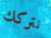
نتركك